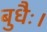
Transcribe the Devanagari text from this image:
बुधैः।